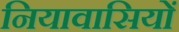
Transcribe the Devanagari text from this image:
नियावासियों